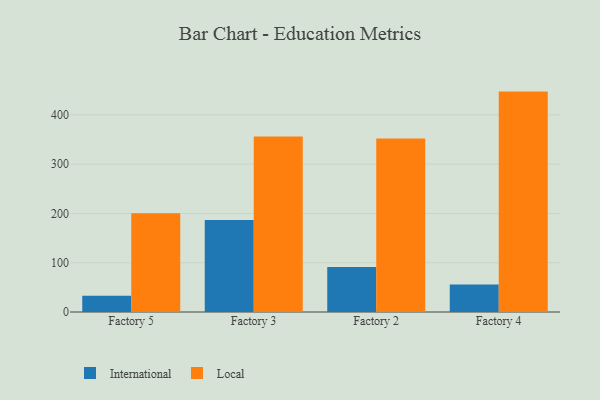
{"axis": {"x": "Factory", "y": "Population (Million)"}, "legend": ["International", "Local"], "data": [{"x": "Factory 5", "y": 32.9, "type": "International"}, {"x": "Factory 5", "y": 200.4, "type": "Local"}, {"x": "Factory 3", "y": 186.5, "type": "International"}, {"x": "Factory 3", "y": 356.3, "type": "Local"}, {"x": "Factory 2", "y": 91.3, "type": "International"}, {"x": "Factory 2", "y": 351.9, "type": "Local"}, {"x": "Factory 4", "y": 55.8, "type": "International"}, {"x": "Factory 4", "y": 447.2, "type": "Local"}]}